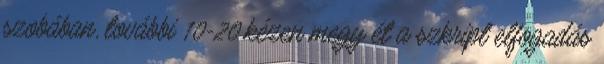
szobában, további 10-20 kézen megy ét a szkript elfogadás